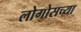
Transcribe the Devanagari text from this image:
लोगोसच्या